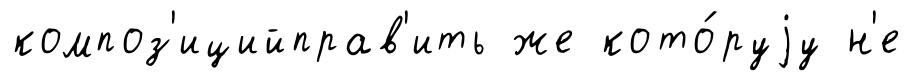
композ'ицийправ'ить же кото́руjу н'е